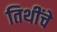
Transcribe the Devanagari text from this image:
तिथींचे